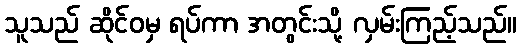
သူသည် ဆိုင်ဝမှ ရပ်ကာ အတွင်းသို့ လှမ်းကြည့်သည်။